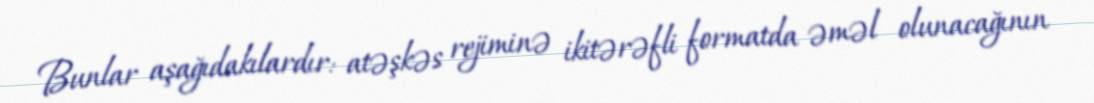
Bunlar aşağıdakılardır: atəşkəs rejiminə ikitərəfli formatda əməl olunacağının